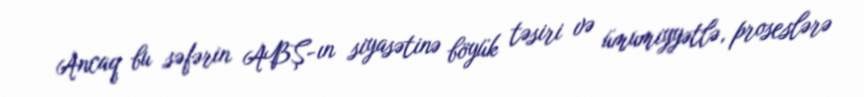
Ancaq bu səfərin ABŞ-ın siyasətinə böyük təsiri və ümumiyyətlə, proseslərə